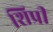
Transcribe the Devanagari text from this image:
शिप्री